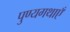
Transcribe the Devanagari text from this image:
पुण्यगथाएँ